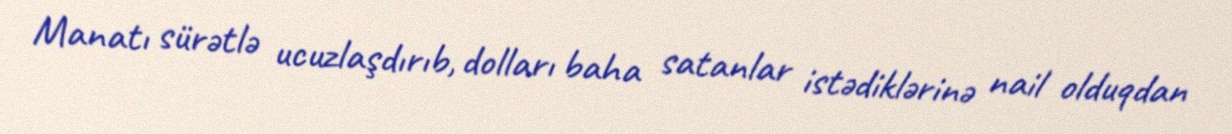
Manatı sürətlə ucuzlaşdırıb, dolları baha satanlar istədiklərinə nail olduqdan